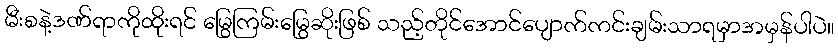
မီးစနဲ့ဒဏ်ရာကိုထိုးရင် မြွေကြမ်းမြွေဆိုးဖြစ် သည့်တိုင်အောင်ပျောက်ကင်းချမ်းသာရမှာအမှန်ပါပဲ။